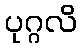
ပုဂ္ဂလိ